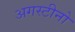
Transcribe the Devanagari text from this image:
अगस्टीनो